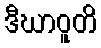
ဒီဃာဝူတိ